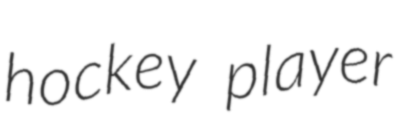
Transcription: hockey player